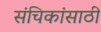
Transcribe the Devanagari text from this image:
संचिकांसाठी